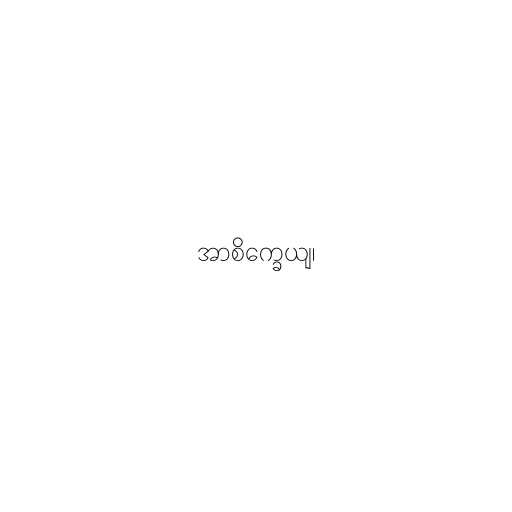
အာစိက္ခေယျ၊